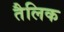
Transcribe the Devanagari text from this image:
तैलिक